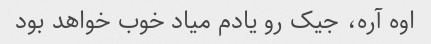
اوه آره، جیک رو یادم میاد خوب خواهد بود